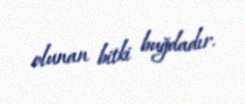
olunan bitki buğdadır.